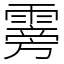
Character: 䨦